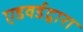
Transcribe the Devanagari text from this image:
एडवर्डद्वारा